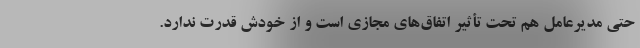
حتی مدیرعامل هم تحت تأثیر اتفاق‌های مجازی است و از خودش قدرت ندارد.